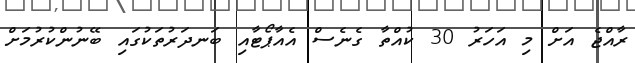
ރާއްޖެ އަށް މި އަހަރު 30 ކުއްތާ ގެނެސް އެއާޕޯޓާއި ބަނދަރުތަކުގައި ބޭނުންކުރުމަށް